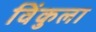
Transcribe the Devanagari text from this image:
विंकुला